Calcutta medical institutions reports 1871-78
Year: 1871
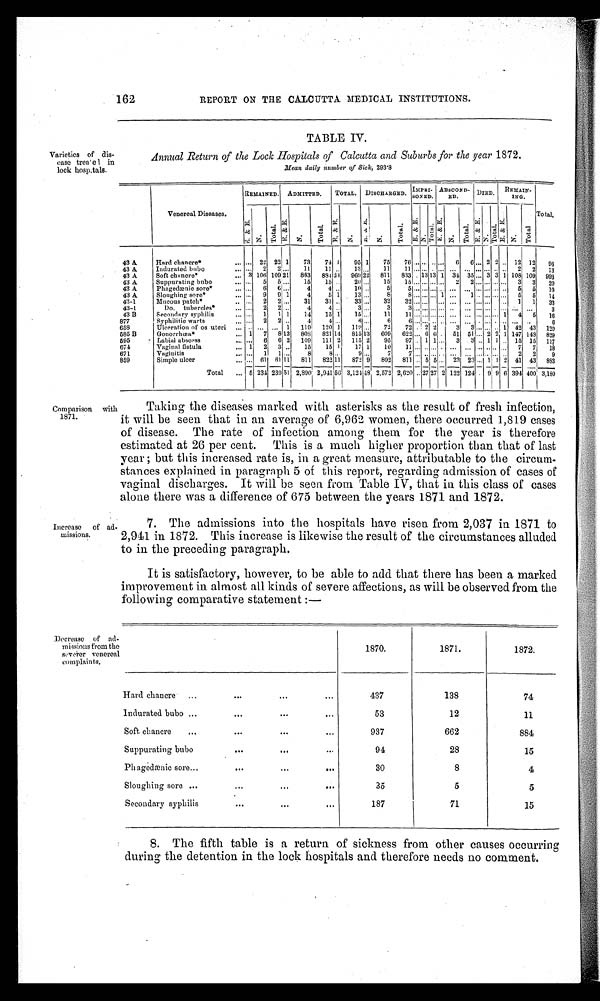
162
REPORT ON THE CALCUTTA MEDICAL INSTITUTIONS.
Varieties of dis
e a s e t r e e ' e l i n
lock hospitals.
TABLE IV.
Annual Return of the Lock Hospitals of Calcutta and Suburbs for the year 1872.
Mean daily izumber of Sick, 293·8
Venereal Diseases.
REMAINED.
ADMITTED.
TOTAL.
DISCHARGED.
IMPRI-
SONED.
ABSCOND-
ED.
DIED.
REMAIN-
ING.
Total.
E . & E .
N .
T o t a l .
E . & E .
N .
T o t a l . E . & E .
N .
E . N . & . E .
N .
T o t a l E . & E .
N .
T o t a l E . & E .
N .
T o t a l
E . & E .
N .
T o t a l
E . & E ,
N .
T o t a l
43 A.
Hard chancre*
. . . 22 22 1
73
74 1
95 1
75
76
. . .
. . .
. .
...
6
6
. . . 2 2 .. 12 12
96
43 A.
Indurated bubo
. . . 2
2 . . .
1 1
11 . .
13 . . .
11
11 .... . . . . . . . . . . . . . . . . .... ..... . . . . . . . 2 2 13
43 A
Soft chanere*
3 106 109 2 1 863 88422 969 22 811 833 . 13 13 1 34 35 . . . . . . 3 . 3 1 108 109 993
43 A
Suppurating bubo
...
5
5 . . 15 15 . . . 20 ... 15 15 . . . . . . . . . . . . 2 2 . . . . . . . . . . . . 3 3 20
43 A
Phagedœnic sore*...
. . . . . . 6
6 ....
4
4 . .
10 . .
5
5 . . . . . . . . . . . . . . . . . . . . . . . . . . . . . . . . 5 5
1 0
43 A
Sloughing. sore*
. . . 9
9 1
4
5 1
13 . . . . . .
8
8 . . . . . . . . . 1 . . . 1 . . . . . . . . . . . 5 5
1 4
43-1
Mucous patch*
. . . 2 2 . . .
3 1
3 1 . .
3 3 . . .
3 2
3 2 . . . . . . . . . . . . . . . . . . . . . . . . . . . . . . 1 1 33
43-1
Do. tubercles*..
. . . 2 2 . . .
4
4. . .
3 . . . 3
3 . . . . . . . . . . 0 . . . . . . . . . . . . . . . . . . . . . . . . 3
43 B
Secondary syphilis
. . . 1 1 1 14 15 1 15 . . . . 11 11 . . . . . . . . . . . . . . . . . . . . . . . . . . . . 1 4 5 16
877
Syphilitic warts
. . . 2
2 . . .
4
4 . . .
6 ...
6
6 . . . . . . . . . . . . . . . . . . . . . . . . . . . . . . . . . . .
6
658
Ulceration of os uteri
. .
. . .
. . . 1
119
120 1
119 ....
72
72 ... 2. 2
3
3 . . . . . . . . 1 42 43 120
585 B
Gonorrhœa*
1
7
8 1 3 808 821 14 815 13 609 622 ... 6 0 . 51 51 . . . 2 2 1 147 148 829
595
Labial abscess
. . . 6
6 2
109
111 2
115 2
95
97 . . 1 1 . . . 3
3 . . 1 1 . . 15 15 117
674
Vaginal fistula
1 2 3 . . 15 15 1 17 1 10 11 . . . . . . . . . . . . . . . . . . . . . . . . . . 7 7 18
671
Vaginitis
. . . 1
1 . . .
8
8 . . . 9 . . .
7
7 . . . . . . . . . . . . . . . . . . . . . . . . . . . 2 2
9
859
Simple ulcer
. . . 61 61 11
811
822 11
872 9
802
811 . . 5 5 ... 23 23 ... 1 1 2 41 43 893
Total
5 231 239 51 2,890 2,941 5 6 3,124 4 8 2,572 2,620 . .27 27 2 122 124 . 9 9 6 394 400 3,180
Comparison with
1871.
Increase of ad
missions.
Taking the diseases marked with asterisks as the result of fresh infection,
it will be seen that in an average of 6,962 women, there occurred 1,819 cases
of disease. The rate of infection among them for the year is therefore
estimated at 26 per cent. This is a much higher proportion than that of last
year ; but this increased rate is, in a great measure, attributable to the circum
-
stances explained in paragraph 5 of this report, regarding admission of cases of
vaginal discharges. It will be seen from Table IV, that in this class of cases
alone there was a difference of 675 between the years 1871 and 1872.
7. The admissions into the hospitals have risen from 2,037 in 1871 to
2,941 in 1872. This increase is likewise the result of the circumstances alluded
to in the preceding paragraph.
It is satisfactory, however, to be able to add that there has been a marked
improvement in almost all kinds of severe affections, as will be observed from the
following comparative statement :—
Decrease of ad
missions from the
sever.er venereal
complaints.
1870.
1871.
1872.
Hard chancre
437
138
74
Indurated bubo
53
12
1 1
Soft chancre
937
662
884
Suppurating bubo
94
28
15
Phagedænic sore
30
8
4
Sloughing sore
35
5
5
Secondary syphilis
187
71
15
8. The fifth table is a return of sickness from other causes occurring
during the detention in the lock hospitals and therefore needs no comment.